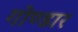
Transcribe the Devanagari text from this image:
गोण्डार